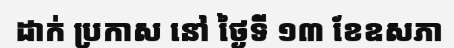
ដាក់ ប្រកាស នៅ ថ្ងៃទី ១៣ ខែឧសភា